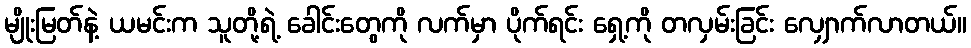
မျိုးမြတ်နဲ့ ယမင်းက သူတို့ရဲ့ ခေါင်းတွေကို လက်မှာ ပိုက်ရင်း ရှေ့ကို တလှမ်းခြင်း လျှောက်လာတယ်။